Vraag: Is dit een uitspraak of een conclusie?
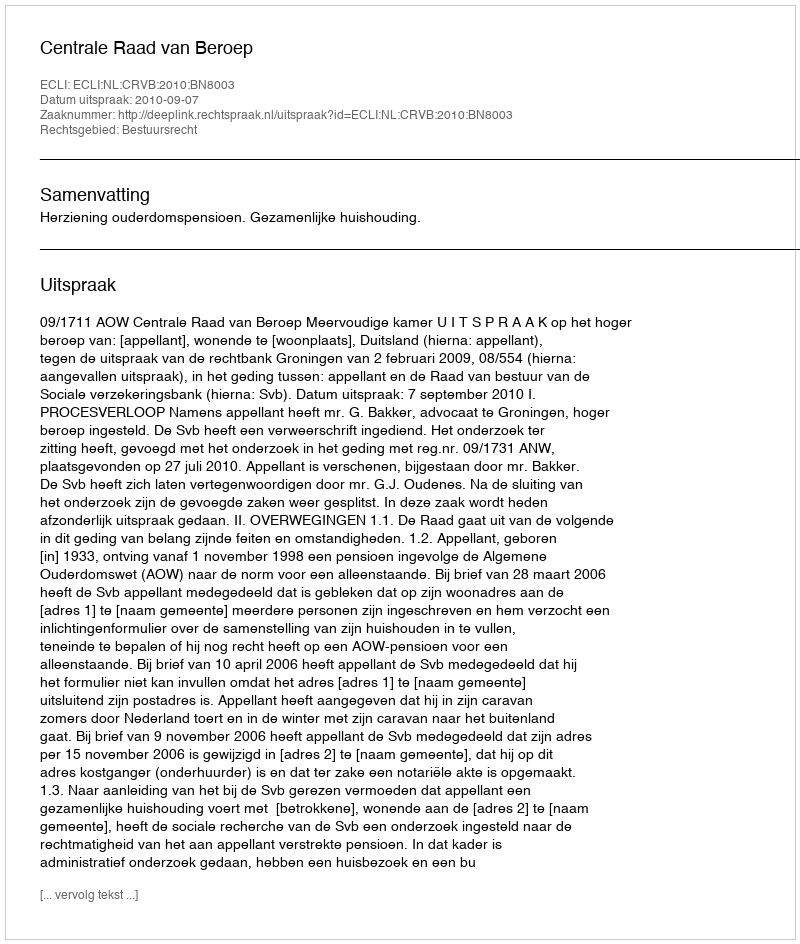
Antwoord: Uitspraak